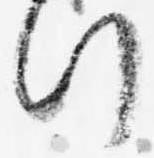
行